Lunatic asylums Central Provinces reports 1910-1926 - 1910-1926
Year: 1910
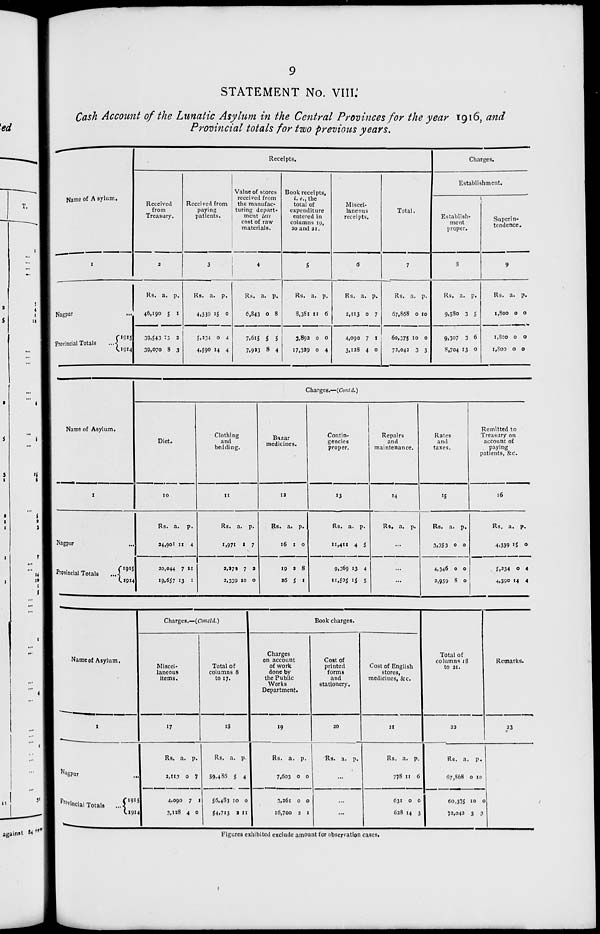
9
STATEMENT No. VIII.
Cash Account of the Lunatic Asylum in the Central Provinces for the year 1916, and
Provincial totals for two previous years.
Name of Asylum.
1
Nagpur ...
Provincial Totals
...
1915
19l4
Receipts.
Received
from
Treasury.
2
Rs.
46,190
39,543
39,070
a.
5
13
8
p.
1
2
3
Received from
paying
patients.
3
Rs.
4,339
5,234
4,590
a.
15
0
14
p.
0
4
4
Value of stores
received from
the manufac-
turing depart¬
ment less
cost of raw
materials.
4
Rs.
6,843
7,615
7,923
a.
0
5
8
p.
8
5
4
Book receipts,
i. e., the
total of
expenditure
entered in
columns 19,
20 and 21.
5
Rs.
8,381
3,892
17,329
a.
11
0
0
p.
6
0
4
Miscel-
laneous
receipts.
6
Rs.
2,113
4,090
3,128
a.
0
7
4
p.
7
1
0
Total.
7
Rs.
67,868
60,375
72,042
a.
0
10
3
p.
10
0
3
Charges.
Establishment.
Establish-
ment
proper.
8
Rs.
9,580
9,307
8,704
a.
3
3
13
p.
5
6
0
Superin-
tendence.
9
Rs.
1,800
1,800
1,800
a.
0
0
0
p.
0
0
0
Name of Asylum.
1
Nagpur ...
Provincial Totals
....
1915
1914
Charges.—(Contd.)
Diet.
10
Rs.
24,901
20,044
19,657
a.
11
7
13
p.
4
11
1
Clothing
and
bedding.
11
Rs.
1,971
2,272
2,339
a.
1
7
10
p.
7
2
0
Bazar
medicines.
12
Rs.
16
19
26
a.
1
2
5
p.
0
8
1
Contin-
gencies
proper.
13
Rs.
11,411
9,369
11,505
a.
4
13
15
p.
5
4
5
Repairs
and
maintenance.
14
Rs. a. p.
...
...
...
Rates
and
taxes.
15
Rs.
3,353
4,346
2,959
a.
0
0
8
p.
0
0
0
Remitted to
Treasury on
account of
paying
patients, &c.
16
Rs.
4,339
5,234
4,590
a.
15
0
14
p.
0
4
4
Name of Asylum.
1
Nagpur ...
Provincial Totals
...
1915
1914
Charges.—(Concld.)
Miscel-
laneous
items.
17
Rs.
2,113
4,090
3,128
a.
0
0
4
p.
7
1
0
Total of
columns 8
to 17.
18
Rs.
59,485
56,483
54,713
a.
5
10
2
p.
4
0
11
Book charges.
Charges
on account
of work
done by
the Public
Works
Department.
19
Rs.
7,603
3,261
16,700
a.
0
0
2
p.
0
0
1
Cost of
printed
forms
and
stationery.
20
Rs. a. p.
...
...
...
Cost of English
stores,
medicines, &c.
21
Rs.
778
631
628
a.
11
0
14
p.
6
0
3
Total of
columns 18
to 21.
22
Rs.
67,868
60,375
72,042
a.
0
10
3
p.
10
0
3
Remarks.
23
Figures exhibited exclude amount for observation cases.